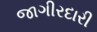
જાગીરદારી